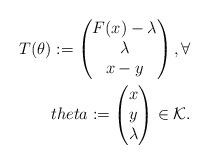
LaTeX: \begin{align*}T(\theta):=\begin{pmatrix}F(x)-\lambda\\\lambda\\x-y\end{pmatrix}, \forall \\theta:=\begin{pmatrix} x\\y\\\lambda\end{pmatrix}\in \mathcal{K}.\end{align*}